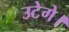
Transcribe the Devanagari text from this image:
उटेगे।